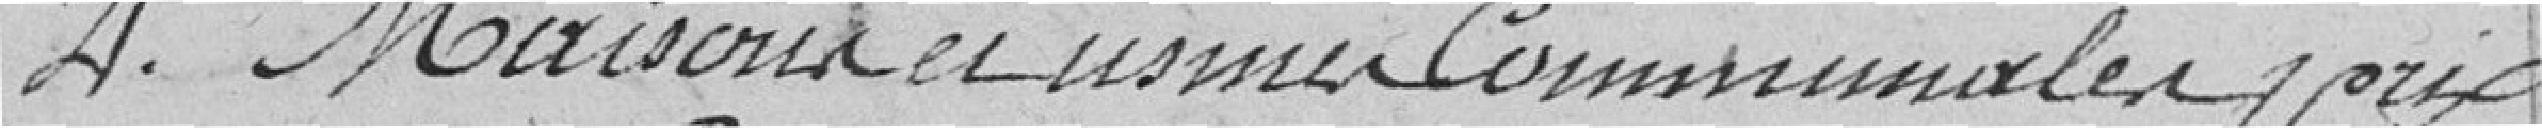
4. Maisons et usines communales prix